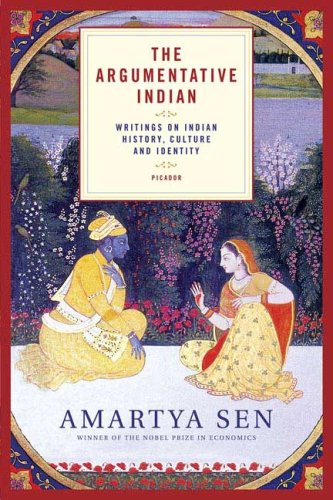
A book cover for The Argumentative Indian: Writings on Indian History, Culture and Identity; Amartya Sen; History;